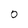
Character: O